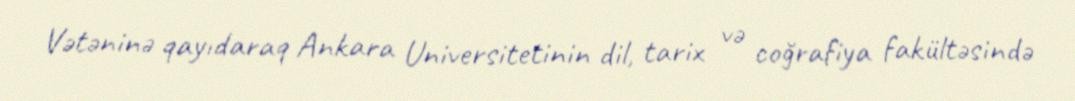
Vətəninə qayıdaraq Ankara Universitetinin dil, tarix və coğrafiya fakültəsində